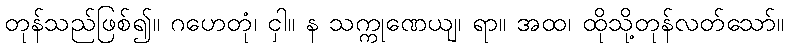
တုန်သည်ဖြစ်၍။ ဂဟေတုံ၊ ငှါ။ န သက္ကုဏေယျ၊ ရာ။ အထ၊ ထိုသို့တုန်လတ်သော်။